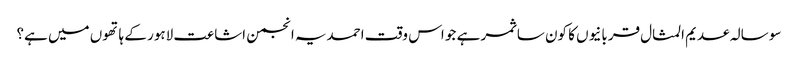
سو سالہ عدیم المثال قربانیوں کا کون سا ثمر ہے جو اس وقت احمدیہ انجمن اشاعت لاہور کے ہاتھوں میں ہے؟